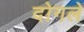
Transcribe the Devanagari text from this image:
दोगले